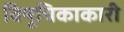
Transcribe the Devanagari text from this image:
विषूचिकाकारी